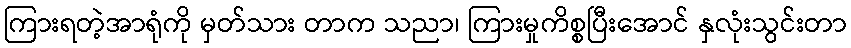
ကြားရတဲ့အာရုံကို မှတ်သား တာက သညာ၊ ကြားမှုကိစ္စပြီးအောင် နှလုံးသွင်းတာ